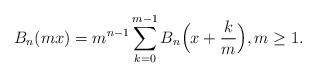
\begin{align*} {B_n (mx)} = {m^{n - 1}}\sum_{k = 0}^{m - 1} {B_n\Big( {x + \frac{k}{m}} \Bigr)},m \geq1.\end{align*}